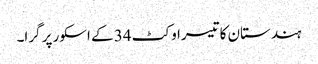
ہندستان کا تیسرا وکٹ 34 کے اسکور پر گرا۔